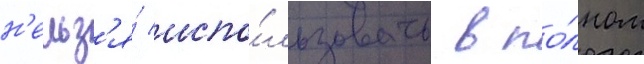
н'ельз'я́ испо́льзовать в по́лном